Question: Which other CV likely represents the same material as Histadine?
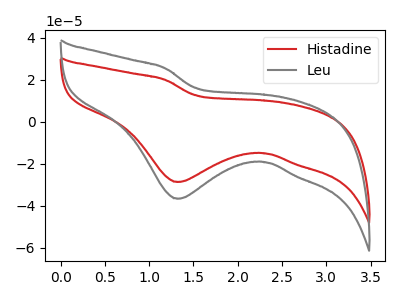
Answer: <think>The red curve "Histadine" has a cathodic peak at: (1.30V, -28.75uA). The gray curve "Leu" has a cathodic peak at: (1.30V, -36.70uA).
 All the peaks in "Histadine" have a peak in "Leu" at the same potential. Every peak in "Histadine" is lower than every peak in "Leu".</think>
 <answer>The CV with the most similar shape to "Leu" is "Histadine".</answer>
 <eval>"Histadine"</eval>